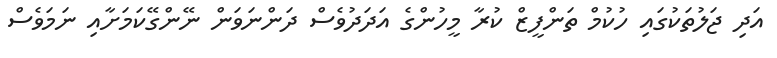
އަދި ޖަލުތަކުގައި ހުކުމް ތަންފީޒް ކުރާ މީހުންގެ އަދަދުވެސް ދަންނަވަން ނޭންގޭކަމަށާއި ނަމަވެސް